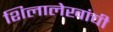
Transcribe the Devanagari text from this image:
शिलालेखांची